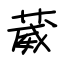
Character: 葳